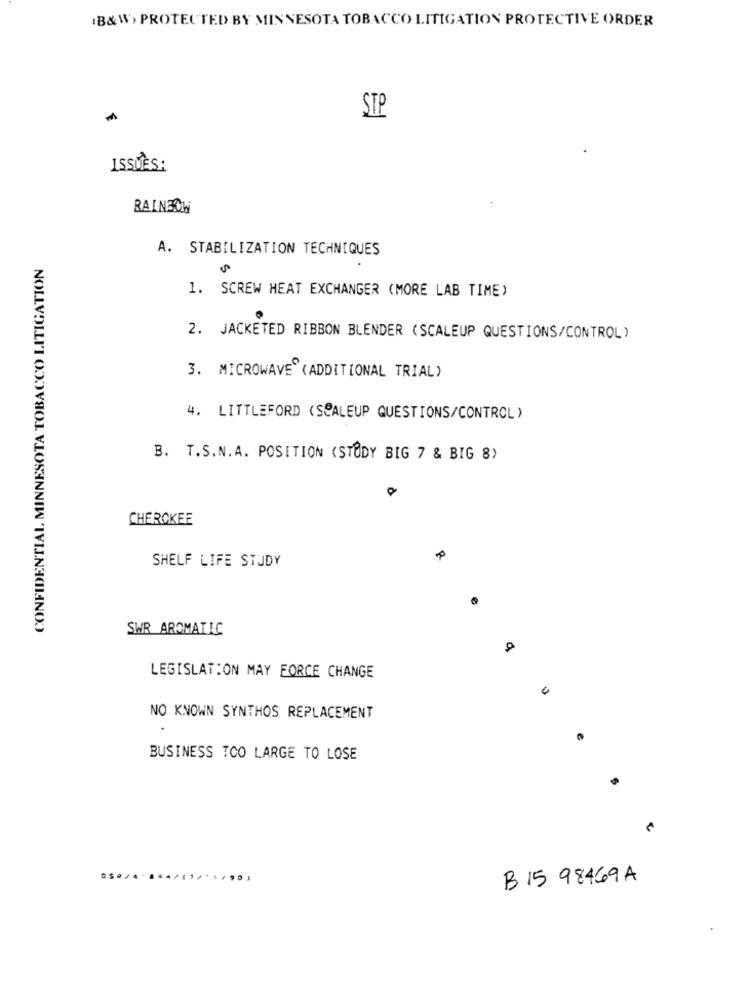
(B&W> PROTECTED BY MINNESOTA TOBACCO LITIGATION PROTECTIVE ORDER
STP
ISSUES:
RAINBOW
A. STABILIZATION TECHNIQUES
CONFIDENTIAL MINNESOTA TOBACCO LITIGATION
1. SCREW HEAT EXCHANGER (MORE LAB TIME)
2. JACKETED RIBBON BLENDER (SCALEUP QUESTIONS/CONTROL )
3. MICROWAVE" (ADDITIONAL TRIAL)
4. LITTLEFORD (SCALEUP QUESTIONS/CONTROL )
B. T.S.N. A. POSITION (STUDY BIG 7 & BIG 8)
O
CHEROKEE
SHELF LIFE STUDY
SWR AROMATIC
LEGISLATION MAY FORCE CHANGE
NO KNOWN SYNTHOS REPLACEMENT
BUSINESS TOO LARGE TO LOSE
B 15 98469A